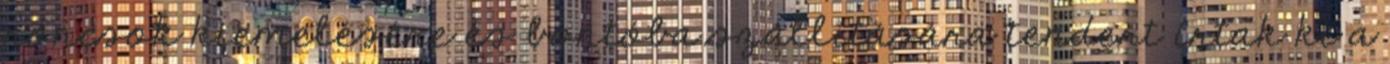
roncsok kiemelésére és bontóba szállítására tendert írtak ki a